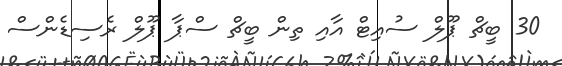
30 ބީޗް ޕޫލް ސުއިޓް އާއި ތިން ބީޗް ސްޕާ ޕޫލް ރެސިޑެންސް